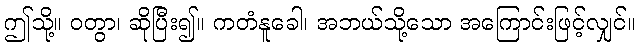
ဤသို့။ ဝတွာ၊ ဆိုပြီး၍။ ကတံနူခေါ၊ အဘယ်သို့သော အကြောင်းဖြင့်လျှင်။